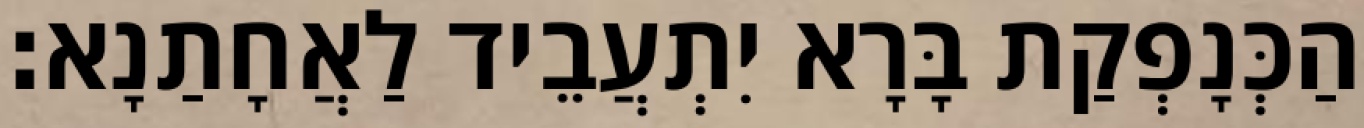
הַכְּנָפְקַת בָּרָא יִתְעֲבֵיד לַאֲחָתַנָא׃